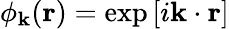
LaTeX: \phi_{\mathbf{k}}(\mathbf{r})=\exp\left[i\mathbf{k}\cdot\mathbf{r}\right]